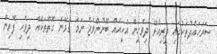
ސަރަހައްދުތަކުގައި ދިރިއުޅޭ ދިވެހިން އެހީއެއް ބޭނުންވެޖެ ނަމަ ގުޅޭނެ ގޮތްތަކެއް ދިވެހި ފޮރިން